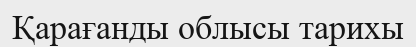
Қарағанды облысы тарихы